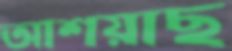
আশয়াছ